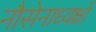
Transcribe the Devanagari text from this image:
नौसेनाध्यक्षों